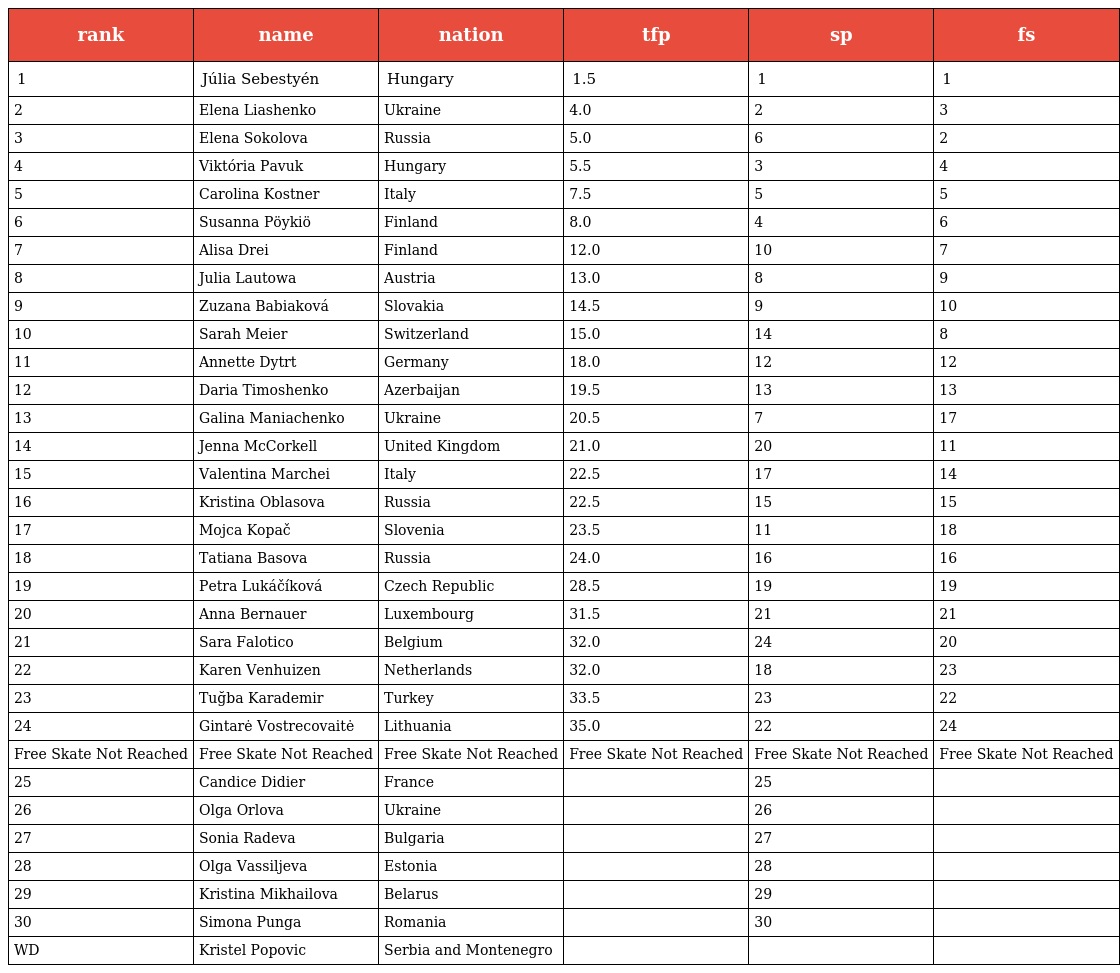
| rank | name | nation | tfp | sp | fs |
 | --- | --- | --- | --- | --- | --- |
 | 1 | Júlia Sebestyén | Hungary | 1.5 | 1 | 1 |
 | 2 | Elena Liashenko | Ukraine | 4.0 | 2 | 3 |
 | 3 | Elena Sokolova | Russia | 5.0 | 6 | 2 |
 | 4 | Viktória Pavuk | Hungary | 5.5 | 3 | 4 |
 | 5 | Carolina Kostner | Italy | 7.5 | 5 | 5 |
 | 6 | Susanna Pöykiö | Finland | 8.0 | 4 | 6 |
 | 7 | Alisa Drei | Finland | 12.0 | 10 | 7 |
 | 8 | Julia Lautowa | Austria | 13.0 | 8 | 9 |
 | 9 | Zuzana Babiaková | Slovakia | 14.5 | 9 | 10 |
 | 10 | Sarah Meier | Switzerland | 15.0 | 14 | 8 |
 | 11 | Annette Dytrt | Germany | 18.0 | 12 | 12 |
 | 12 | Daria Timoshenko | Azerbaijan | 19.5 | 13 | 13 |
 | 13 | Galina Maniachenko | Ukraine | 20.5 | 7 | 17 |
 | 14 | Jenna McCorkell | United Kingdom | 21.0 | 20 | 11 |
 | 15 | Valentina Marchei | Italy | 22.5 | 17 | 14 |
 | 16 | Kristina Oblasova | Russia | 22.5 | 15 | 15 |
 | 17 | Mojca Kopač | Slovenia | 23.5 | 11 | 18 |
 | 18 | Tatiana Basova | Russia | 24.0 | 16 | 16 |
 | 19 | Petra Lukáčíková | Czech Republic | 28.5 | 19 | 19 |
 | 20 | Anna Bernauer | Luxembourg | 31.5 | 21 | 21 |
 | 21 | Sara Falotico | Belgium | 32.0 | 24 | 20 |
 | 22 | Karen Venhuizen | Netherlands | 32.0 | 18 | 23 |
 | 23 | Tuğba Karademir | Turkey | 33.5 | 23 | 22 |
 | 24 | Gintarė Vostrecovaitė | Lithuania | 35.0 | 22 | 24 |
 | Free Skate Not Reached | Free Skate Not Reached | Free Skate Not Reached | Free Skate Not Reached | Free Skate Not Reached | Free Skate Not Reached |
 | 25 | Candice Didier | France |  | 25 |  |
 | 26 | Olga Orlova | Ukraine |  | 26 |  |
 | 27 | Sonia Radeva | Bulgaria |  | 27 |  |
 | 28 | Olga Vassiljeva | Estonia |  | 28 |  |
 | 29 | Kristina Mikhailova | Belarus |  | 29 |  |
 | 30 | Simona Punga | Romania |  | 30 |  |
 | WD | Kristel Popovic | Serbia and Montenegro |  |  |  |